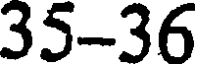
35-36